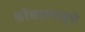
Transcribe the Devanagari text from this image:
चौघडाचमूचे